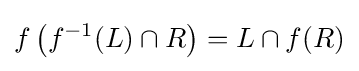
f\left(f^{-1}(L)\cap R\right)=L\cap f(R)